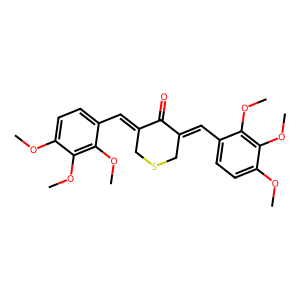
SMILES: COc1ccc(C=C2CSCC(=Cc3ccc(OC)c(OC)c3OC)C2=O)c(OC)c1OC
Inhibits HIV replication: No